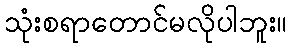
သုံးစရာတောင်မလိုပါဘူး။